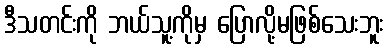
ဒီသတင်းကို ဘယ်သူ့ကိုမှ ပြောလို့မဖြစ်သေးဘူး